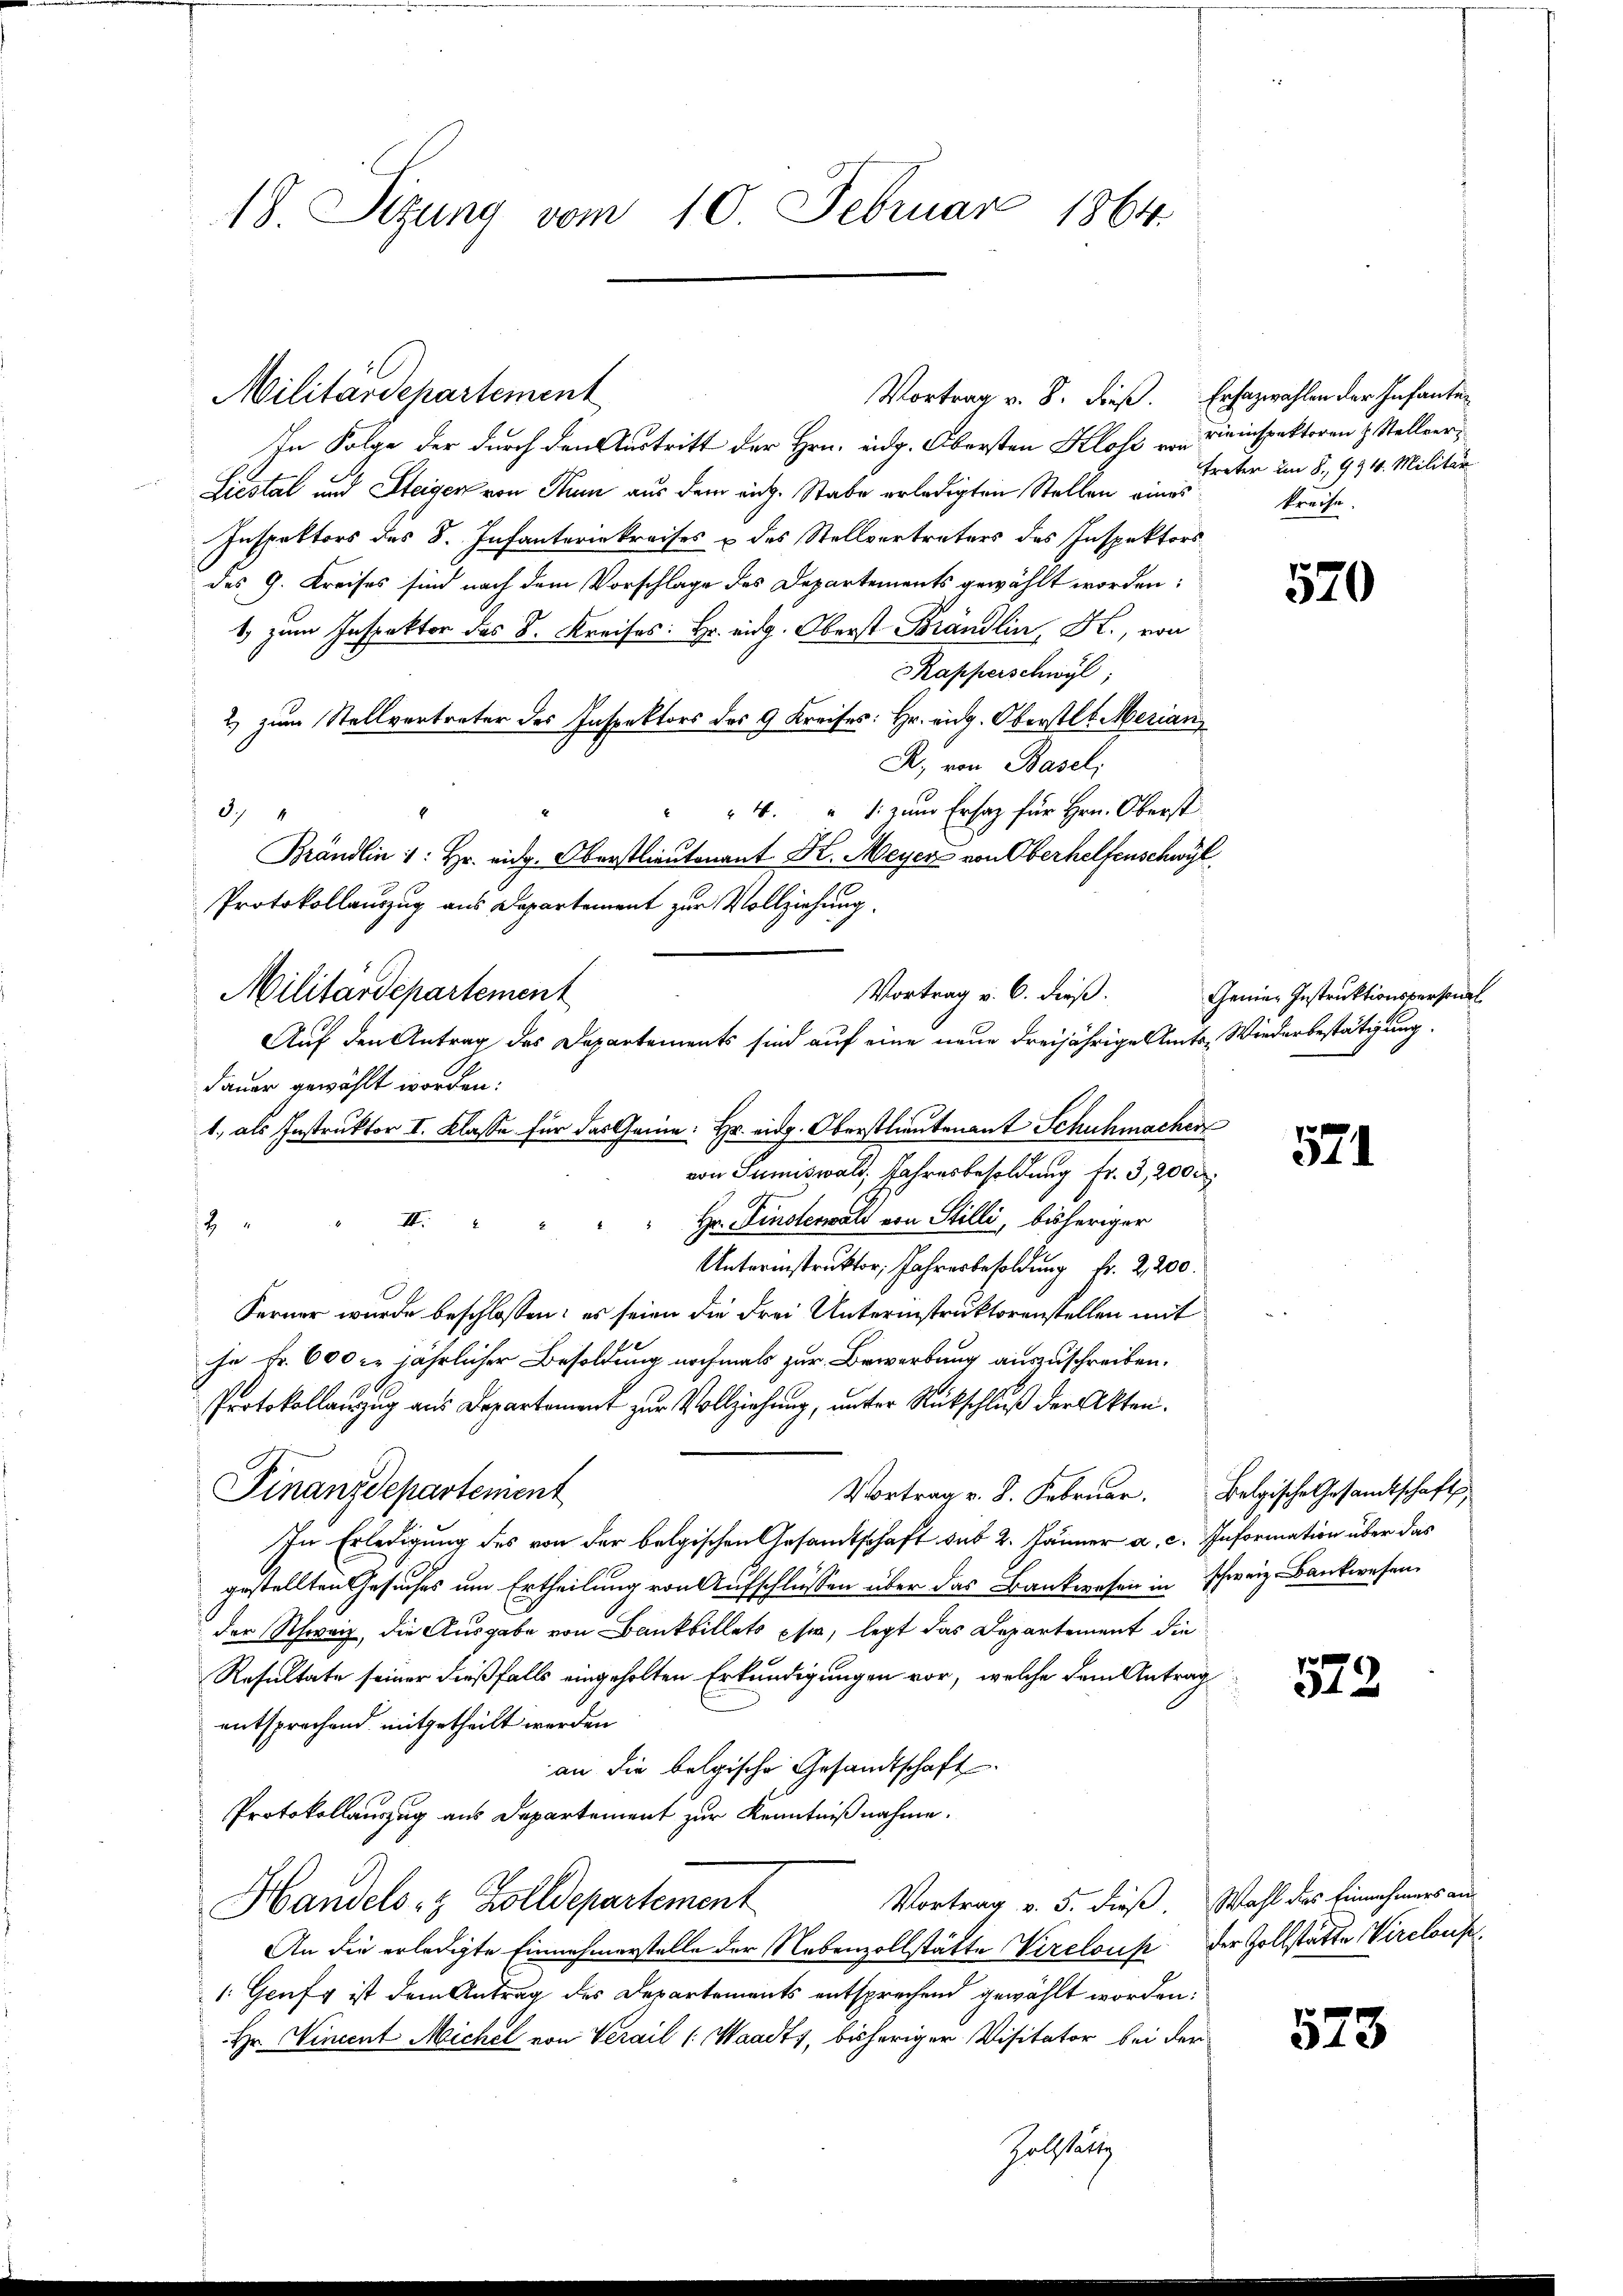
18. Sizung vom 10. Februar 1864.

In Folge der durch den Austritt der Hrn. eidg. Obersten Klose von Kleinspektoren & Stellver¬
Liestal und Steigen von Thun aus dem aug. Stabe erledigten Stellen eines
Inspektors des S. Infanterie kreises u des Stellvertreters des Inspektors
des G. Kreises sind nach dem Vorschlage des Departements gewählt worden:
.
Kapperschwyl
2) zum Stellvertreter des Inspektors des 9 Kreises: Hr. eidg. Oberstlt. Merian
R. von Basel,
4. " 1 zum Ersatz für Hrn. Oberst
3/4
Brändlin 1: Hr. eidg. Oberstlieutenant K. Meyer von Oberhelfenschwyl
Protokollauszug aus Departement zur Vollziehung.
Militärdepartement
dauer gewählt worden:
1. als Instruktor I. Klasse für das Genie: Hr. eidg. Oberstlieutenant Schuhmacher
von Sumiswald, Jahresbesoldung fr. 3, 2000
Hr. Finsterwald von Stilli, bisheriger
II.

Unterinstruktor Jahresbesoldung Fr. 2200.
Ferner wurde beschlossen: es seien die Frei Unterinstruktorenstellen mit
hn Fr. 600 l. jährlicher Besoldung nochmals zur Bewerbung auszuschreiben.
Protokollauszug aus Departement zur Vollziehung, unter Rückschluß der Akten¬
Finanzdepartement
Vortrag v. 8. Februar. Belgische Gesandtschaft
In Erledigung des von der belgischen Gesamtschaft sub 2. Jänner a. c. Information über das
gestellten Gesuches um Ertheilung von Aufschlüssen über das Bankwesen in schweiz. Bankwesen
der Schweiz, die Ausgabe von Bankbillets eher, legt das Departement die
Resultate seiner dießfalls eingeholten Erkundigungen vor, welche dem Antrag
entsprechend mitgetheilt werden
an die belgische Gesandtschaft.
Protokollauszug aus Departement zur Kenntnißnahme.
Vortrag v. 5. dieß. Wahl des Einnehmers an-
Handels- & Zolldepartement
An die erledigte Einnahmerstelle der Nebenzollstätte Vireloup der Zollstätte Virelous
1. Genf ist dem Antrag des Departements entsprechend gewählt worden:
Hr. Wincent Michel von Verail (Waadt, bisheriger Visitator bei der
Zollstätig

Militärdepartement

Vortrag v. 8. dieß. Ersazwahlen der Infante¬

Vortrag v. 6. dieß.
Auf den Antrag des Departements sind auf eine neue dreijährige Amts, Wiederbestätigung.

treter im 8. 994. Militär
kreise.

570

Genier Instruktionspersonal

571

573.

573